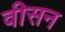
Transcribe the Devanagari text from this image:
वीसन